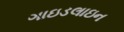
ગાઇડલાઇન